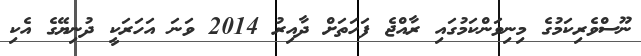
ނޫސްވެރިކަމުގެ މިނިވަންކަމުގައި ރާއްޖެ ފަހަތަށް ދާއިރު 2014 ވަނަ އަހަރަކީ ދުނިޔޭގެ އެކި